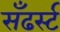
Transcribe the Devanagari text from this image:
सँढर्स्ट